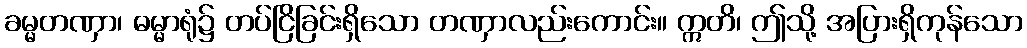
ခမ္မတဏှာ၊ ဓမ္မာရုံ၌ တပ်ငြိခြင်းရှိသော တဏှာလည်းကောင်း။ ဣတိ၊ ဤသို့ အပြားရှိကုန်သော